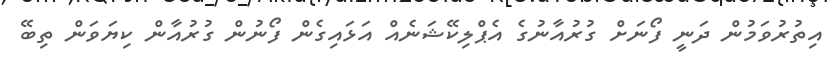
އިތުރުވަމުން ދަނީ ފޯނަށް ގުރުއާނުގެ އެޕްލިކޭޝަނެއް އަޅައިގެން ފޯނުން ގުރުއާން ކިޔަވަން ތިބޭ